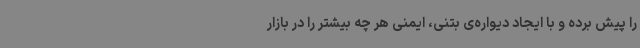
را پیش برده و با ایجاد دیواره‌ی بتنی، ایمنی هر چه بیشتر را در بازار